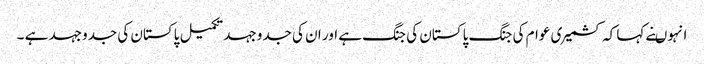
انہوںنے کہا کہ کشمیری عوام کی جنگ پاکستان کی جنگ ہے اور ان کی جدوجہد تکمیل پاکستان کی جدوجہد ہے ۔